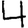
Digit: 4